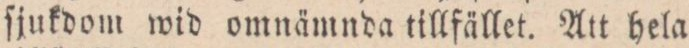
ſjukdom wid omnämnda tillfället. Att hela